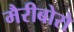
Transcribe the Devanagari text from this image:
मैरीबोरो